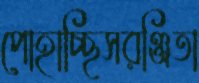
পোহাচ্ছিসরঞ্জিতা